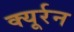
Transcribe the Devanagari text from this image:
क्यूर्रन